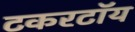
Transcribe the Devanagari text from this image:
टिंकरटॉय